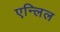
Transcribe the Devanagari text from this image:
एन्लिल